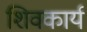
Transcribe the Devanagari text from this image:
शिवकार्य